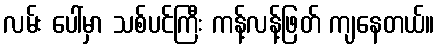
လမ်း ပေါ်မှာ သစ်ပင်ကြီး ကန့်လန့်ဖြတ် ကျနေတယ်။